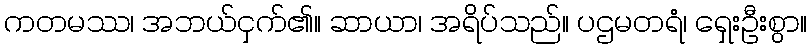
ကတမဿ၊ အဘယ်ငှက်၏။ ဆာယာ၊ အရိပ်သည်။ ပဌမတရံ၊ ရှေးဦးစွာ။